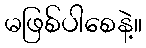
မဖြစ်ပါစေနဲ့။